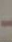
-